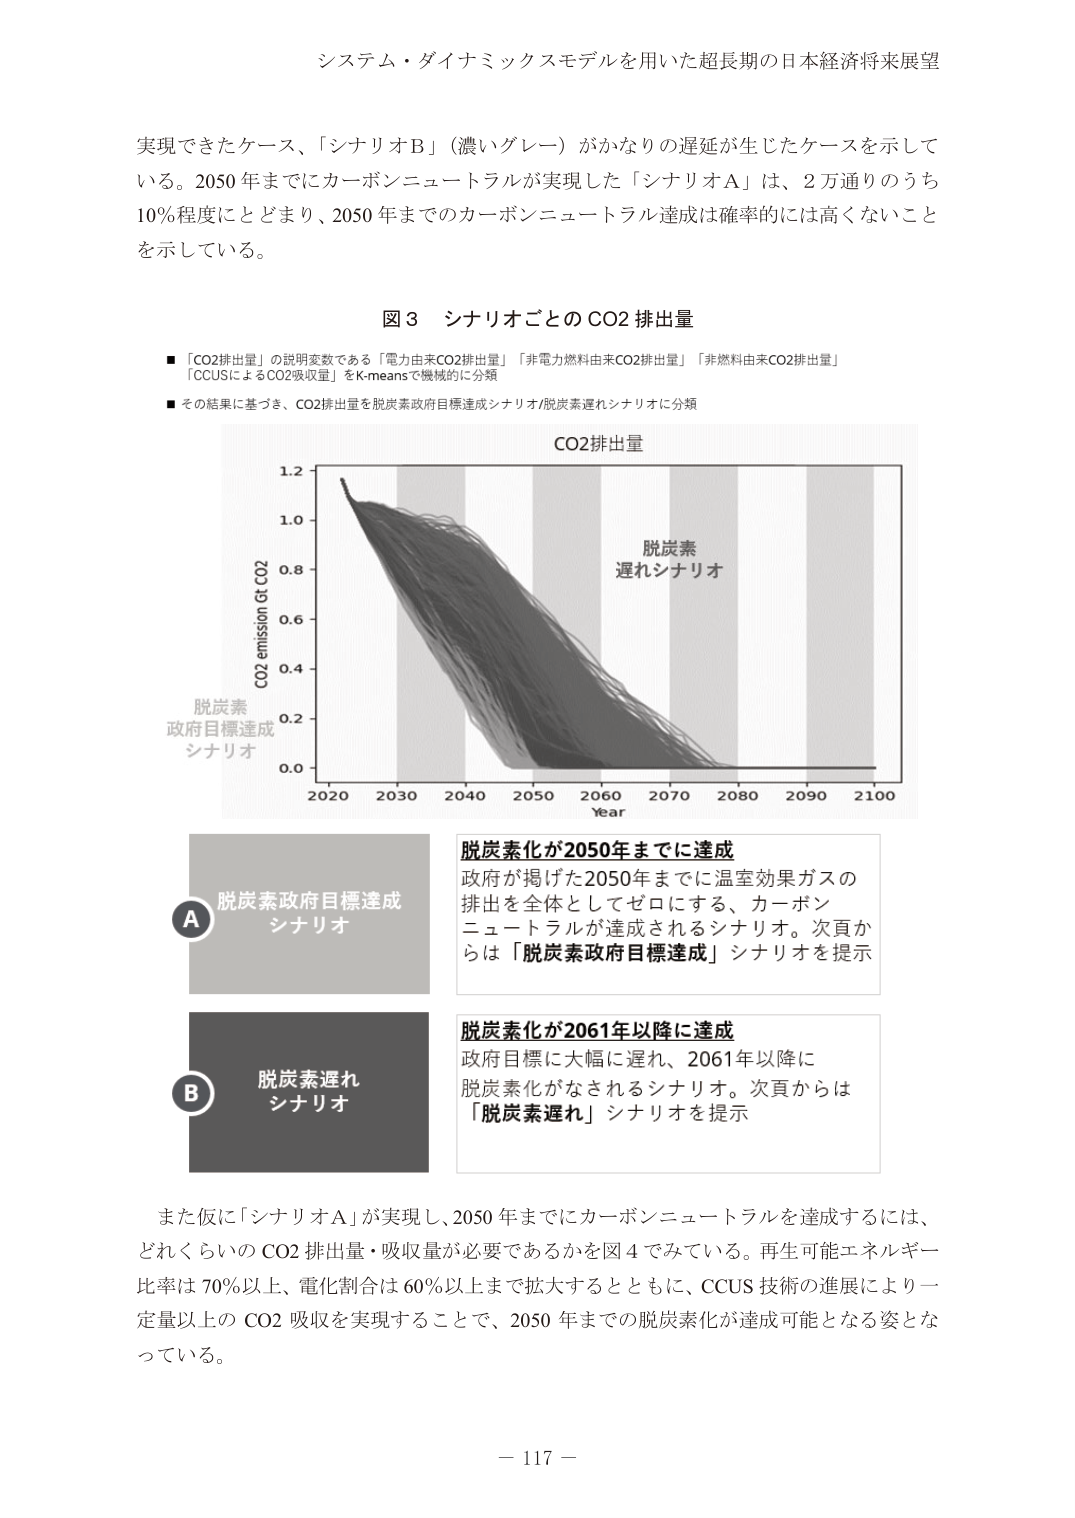
システム・ダイナミックスモデルを用いた超長期の日本経済将来展望

実現できたケース、「シナリオB」（濃いグレー）がかなりの遅延が生じたケースを示している。2050年までにカーボンニュートラルが実現した「シナリオA」は、2万通りのうち10%程度にとどまり、2050年までのカーボンニュートラル達成は確率的には高くないことを示している。

図3 シナリオごとのCO2排出量

■「CO2排出量」の説明変数である「電力由来CO2排出量」「非電力燃料由来CO2排出量」「非燃料由来CO2排出量」「CCUSによるCO2吸収量」をK-meansで機械的に分類
■その結果に基づき、CO2排出量を脱炭素政府目標達成シナリオ/脱炭素遅れシナリオに分類

CO2排出量

脱炭素
遅れシナリオ

CO2 emission Gt CO2
0.0
0.2
0.4
0.6
0.8
1.0
1.2

Year
2020 2030 2040 2050 2060 2070 2080 2090 2100

脱炭素
政府目標達成
シナリオ

A
脱炭素政府目標達成
シナリオ

脱炭素化が2050年までに達成
政府が掲げた2050年までに温室効果ガスの排出を全体としてゼロにする、カーボンニュートラルが達成されるシナリオ。次頁からは「脱炭素政府目標達成」シナリオを提示

B
脱炭素遅れ
シナリオ

脱炭素化が2061年以降に達成
政府目標に大幅に遅れ、2061年以降に脱炭素化がなされるシナリオ。次頁からは「脱炭素遅れ」シナリオを提示

また仮に「シナリオA」が実現し、2050年までにカーボンニュートラルを達成するには、どれくらいのCO2排出量・吸収量が必要であるかを図4でみている。再生可能エネルギー比率は70%以上、電化割合は60%以上まで拡大するとともに、CCUS技術の進展により一定量以上のCO2吸収を実現することで、2050年までの脱炭素化が達成可能となる姿となっている。

－ 117 －